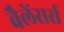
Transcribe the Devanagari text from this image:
बैलेंसर्स